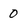
Character: 0